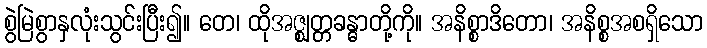
စွဲမြဲစွာနှလုံးသွင်းပြီး၍။ တေ၊ ထိုအဇ္ဈတ္တခန္ဓာတို့ကို။ အနိစ္စာဒိတော၊ အနိစ္စအစရှိသော